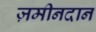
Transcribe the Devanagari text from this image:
ज़मीनदान